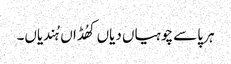
ہر پاسے چوہیاں دیاں کھُڈاں ہُندیاں۔